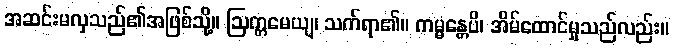
အဆင်းမလှသည်၏အဖြစ်သို့။ ဩက္ကမေယျ၊ သက်ရာ၏။ ကမ္မန္တေပိ၊ အိမ်ထောင်မှုသည်လည်း။